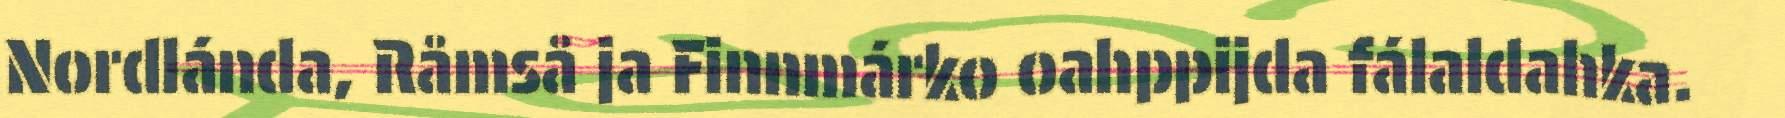
Nordlánda, Råmså ja Finnmárko oahppijda fálaldahka.